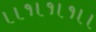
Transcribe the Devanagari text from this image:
।।१।१।१।।